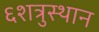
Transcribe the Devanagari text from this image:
६शत्रुस्थान